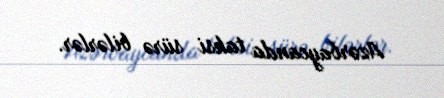
Azərbaycanda taksi sürə bilərlər.